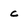
Character: c